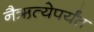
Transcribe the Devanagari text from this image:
नैऋत्येपर्यंत